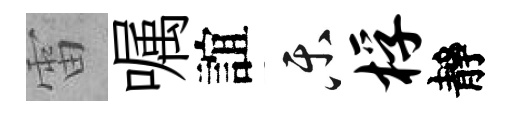
雷嘱誼乐桴靜